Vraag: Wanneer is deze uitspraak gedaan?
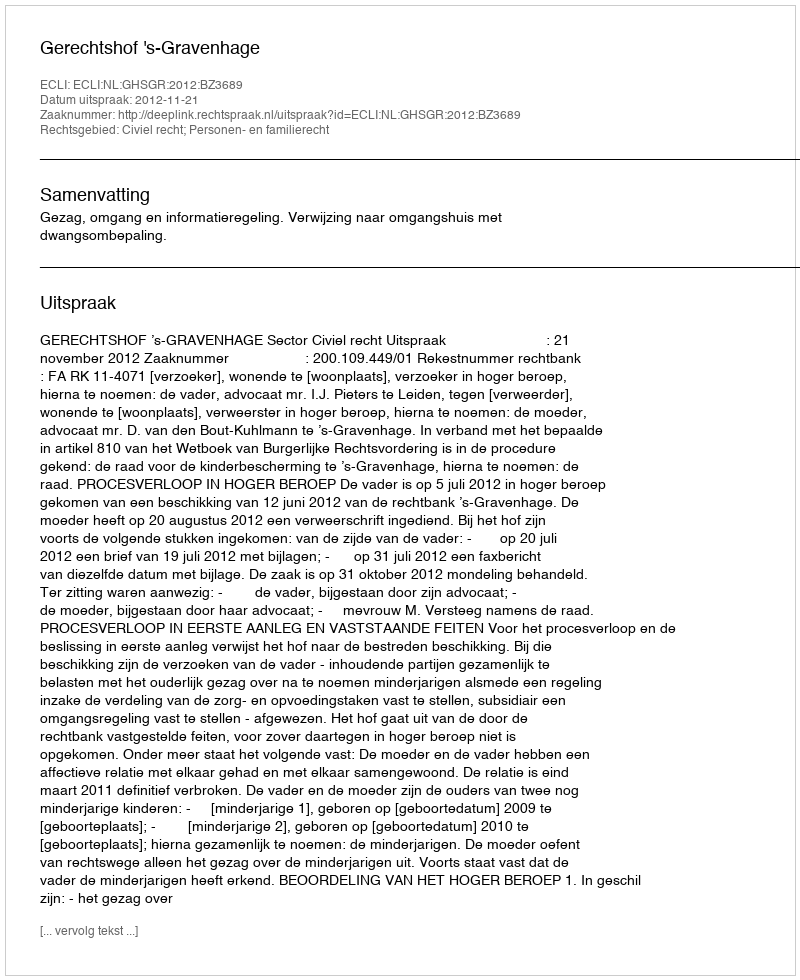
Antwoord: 2012-11-21